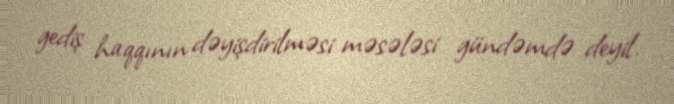
gediş haqqının dəyişdirilməsi məsələsi gündəmdə deyil.